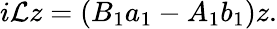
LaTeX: i\mathcal{L}z=(B_{1}a_{1}-A_{1}b_{1})z.